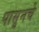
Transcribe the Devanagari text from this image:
पासुनचे